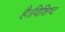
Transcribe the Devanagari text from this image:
है।विशिष्ट